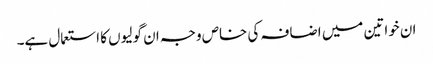
ان خواتین میں اضافہ کی خاص وجہ ان گولیوں کا استعمال ہے۔